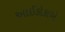
આઈકોકાએ